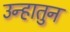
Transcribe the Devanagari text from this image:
उन्हातुन